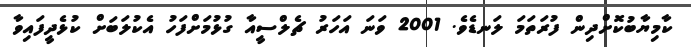
ކާމިޔާބުކޮށްދިން ފުރަތަމަ ލަނޑެވެ. 2001 ވަނަ އަހަރު ޗެލްސީއާ ގުޅުމަށްފަހު އެކުލަބަށް ކުޅެދީފައިވާ